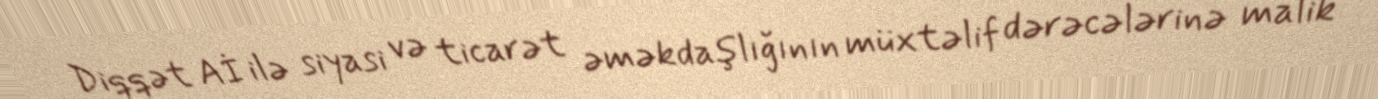
Diqqət Aİ ilə siyasi və ticarət əməkdaşlığının müxtəlif dərəcələrinə malik